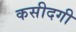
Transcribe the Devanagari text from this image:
कसीदगी